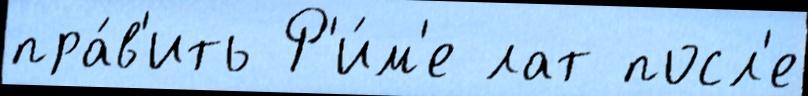
пра́в'ить Р'и́м'е лат посл'е